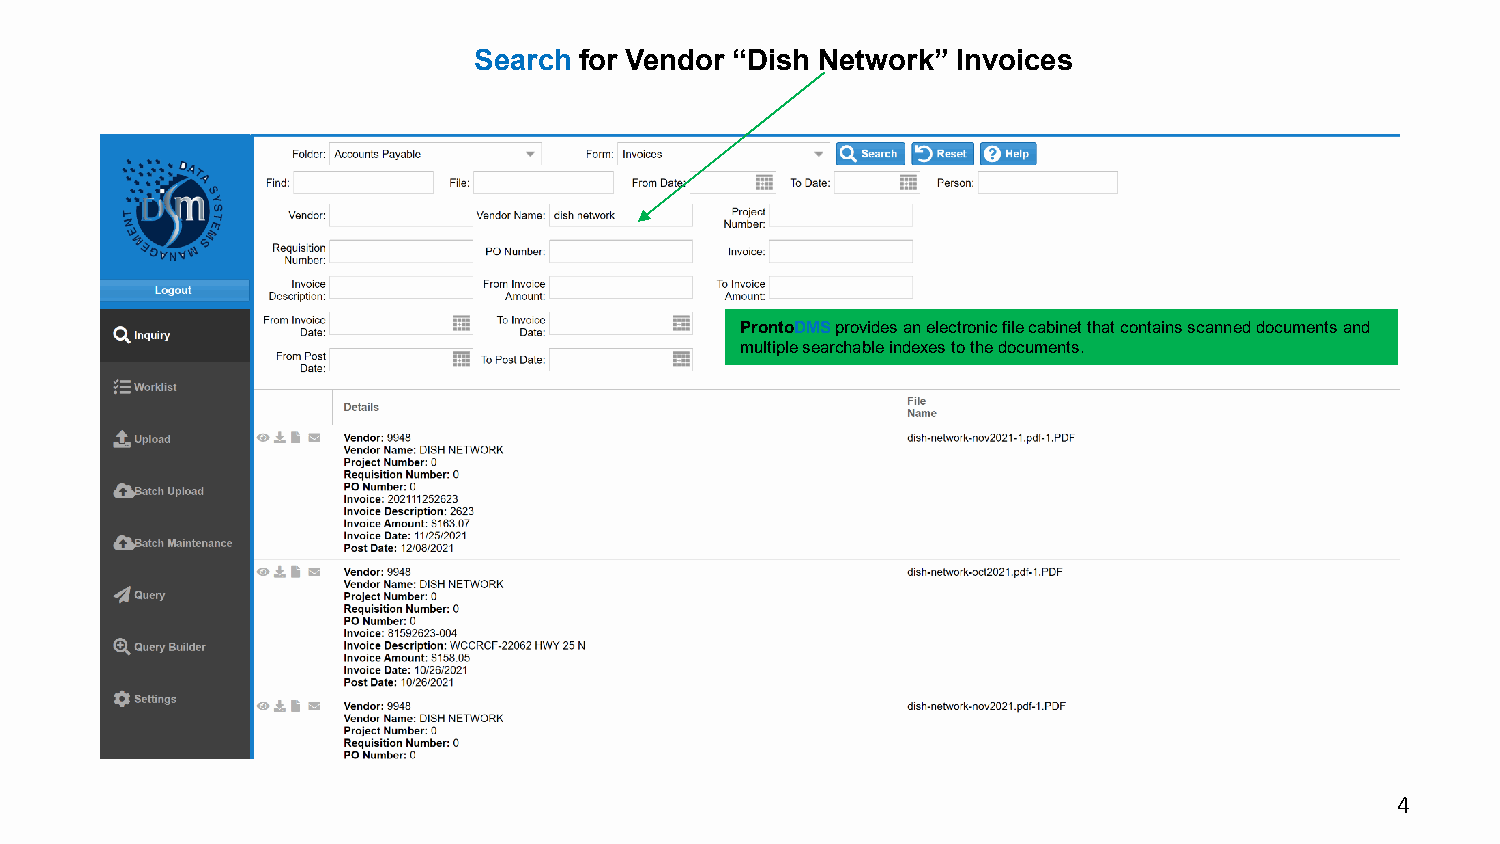
Search for Vendor “Dish Network” Invoices
 ProntoDMSprovides an electronic file cabinet that contains scanned documents and
 multiple searchable indexes to the documents.
 4